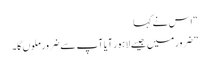
“ اس نے کہا
” ضرور میں جیسے لاہور آیا آپ سے ضرور ملوں گا۔